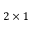
2 \times 1